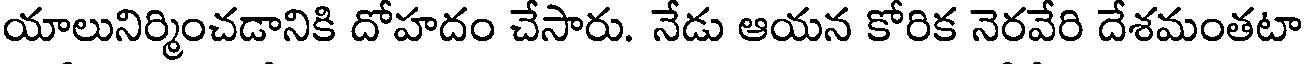
యాలునిర్మించడానికి దోహదం చేసారు. నేడు ఆయన కోరిక నెరవేరి దేశమంతటా